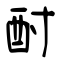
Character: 酎